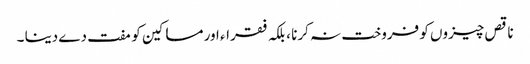
ناقص چیزوں کو فروخت نہ کرنا ، بلکہ فقراء اور مساکین کو مفت دے دینا ۔